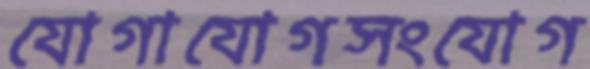
যোগাযোগসংযোগ